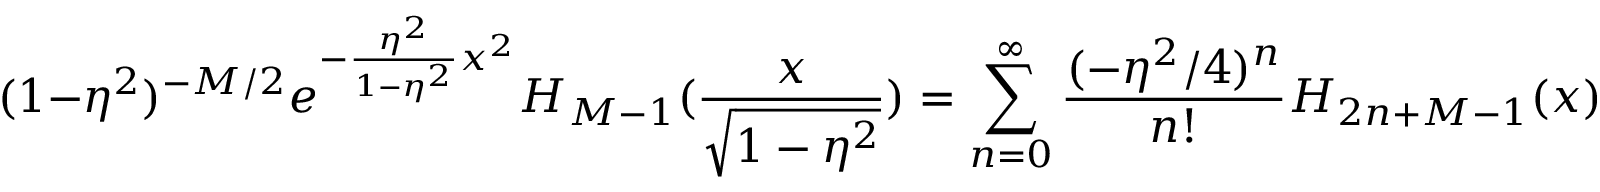
( 1 - \eta ^ { 2 } ) ^ { - M / 2 } e ^ { - { \frac { \eta ^ { 2 } } { 1 - \eta ^ { 2 } } } x ^ { 2 } } H _ { M - 1 } ( { \frac { x } { \sqrt { 1 - \eta ^ { 2 } } } } ) = \sum _ { n = 0 } ^ { \infty } { \frac { ( - \eta ^ { 2 } / 4 ) ^ { n } } { n ! } } H _ { 2 n + M - 1 } ( x ) .